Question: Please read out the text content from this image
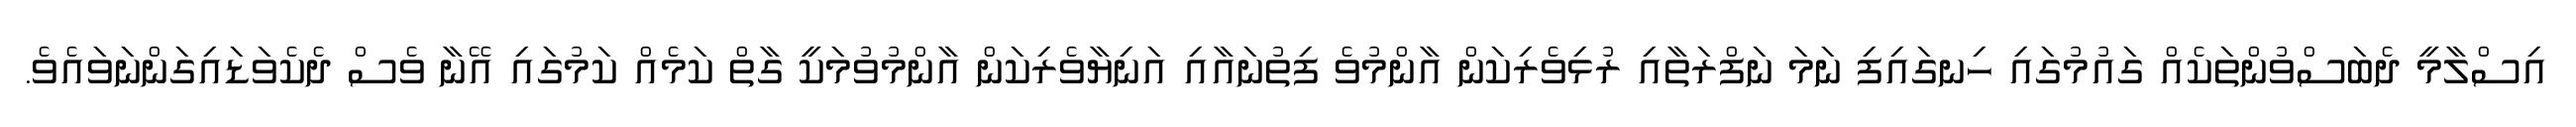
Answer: އިސްލާމީ ދެބަސްވުންތަކެއް ގައުމުގައި ހިނގައިފި ނަމަ ނަފްރަތާއި ރުޅިވެރިކަން އާންމުވެ ފިތުނައާއި އަނިޔާވެރިކަން އާންމުވުމަކީ ގާތް ކަމެއް ކަމުގައި އޭނާ ވެސް ދެކެވަޑައިގަންނަވައެވެ.